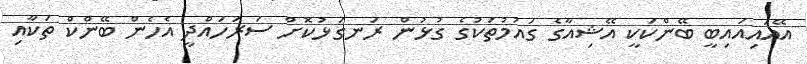
އޭއައިއައިބީ ބޭންކަކީ އޭޝިއާގެ ގައުމުތަކުގެ ގުޅުން ރަނގަޅުކޮށް ސަރަހައްދީ އެހެން ބޭންކް ތަކާއި